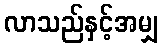
လာသည်နှင့်အမျှ